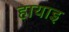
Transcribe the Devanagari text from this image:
हायाइ